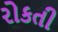
રોકતી